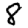
Digit: 8